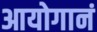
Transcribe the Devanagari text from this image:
आयोगानं